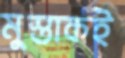
মুস্তাকই